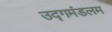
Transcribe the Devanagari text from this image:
उद्गमंडलम